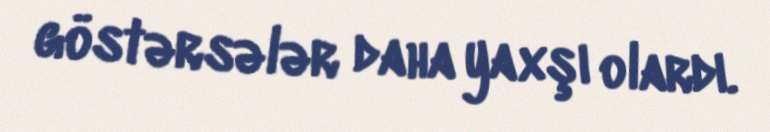
göstərsələr daha yaxşı olardı.